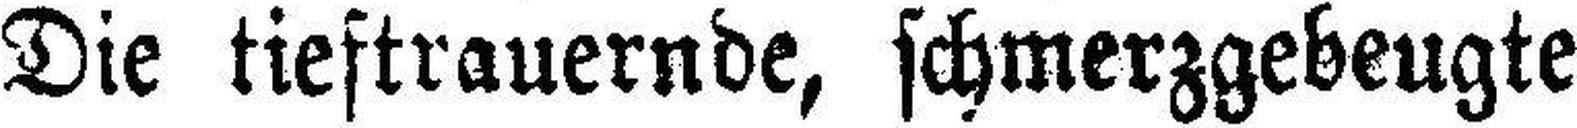
Die tieftrauernde, schmerzgebeugte